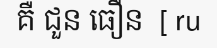
គឺ ជួន ធឿន  [ ru